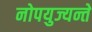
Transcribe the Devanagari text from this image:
नोपयुज्यन्ते